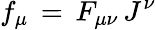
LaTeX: f_{\mu}\, =\, F_{\mu\nu}\, J^{\nu}